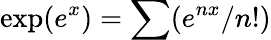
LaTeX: \textrm{exp}(e^{x})=\sum(e^{nx}/n!)